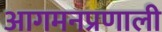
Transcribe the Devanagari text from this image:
आगमनप्रणाली